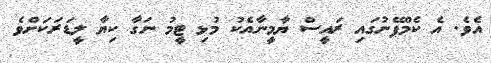
އެވެ. އެ ކެމްޕޭނުގައި ރައީސް ޔާމީނާއެކު މުޅި ޓީމު ނަގާ ކިޔާ ލީޑަރަކަށްވެ